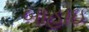
બાહાઇ